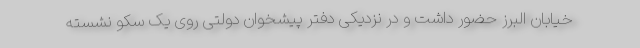
خیابان البرز حضور داشت و در نزدیکی دفتر پیشخوان دولتی روی یک سکو نشسته